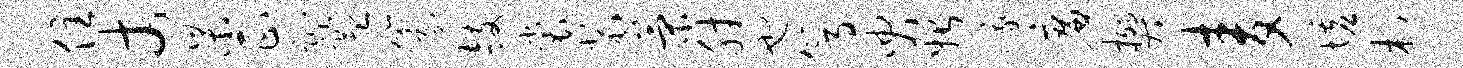
住丈杲正趾监篆鼓裳裴策肘也篙臾始峨廉樊麦墟村